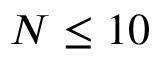
N \leq 1 0